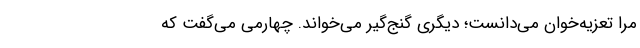
مرا تعزیه‌خوان می‌دانست؛ دیگری گنج‌گیر می‌خواند. چهارمی می‌گفت که